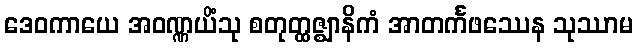
ဒေဝကာယေ အဝဏ္ဏယိံသု စတုတ္ထဇ္ဈာနိကံ အာတင်္ကဖဿေန သုဿာမ